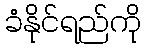
ခံနိုင်ရည်ကို